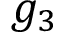
g _ { 3 }